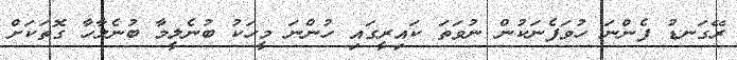
ރޭގަނޑު ފެންނަ ހުވަފެނަކުން ނުވަތަ ކައިރީގައި ހުންނަ މީހަކު ބުނެލީމާ ބުނެލާހާ ގޮތަކަށް